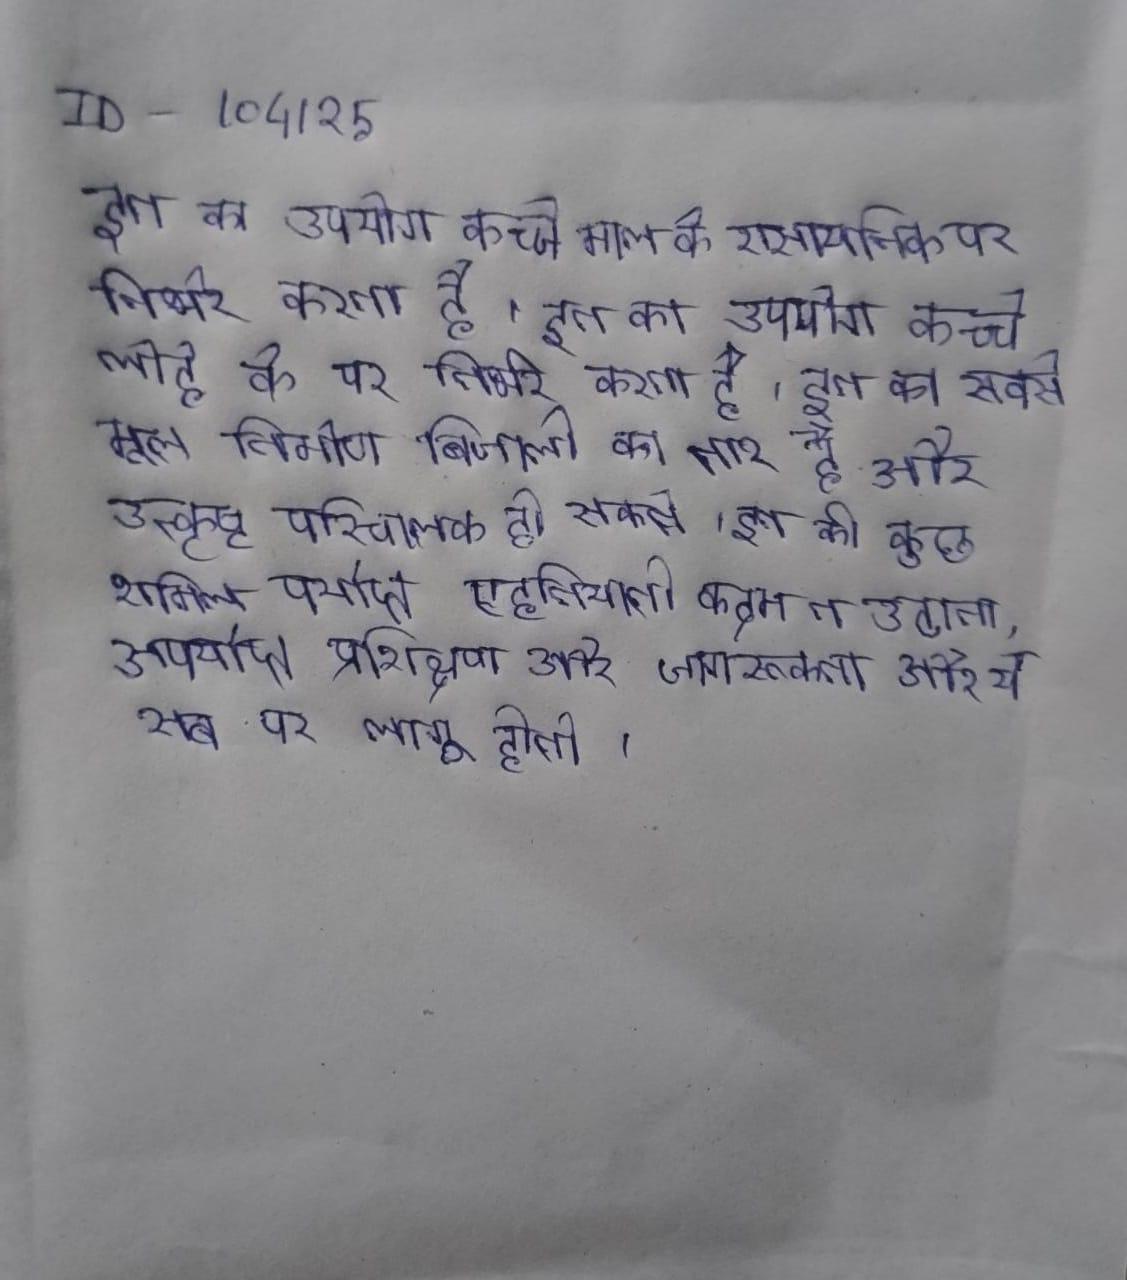
इन का उपयोग कच्चे माल के रासायनिक पर निर्भर करता है । इन का उपयोग कच्चे लोहे के पर निर्भर करता है । इन का सबसे मूल निर्माण बिजली का तार है और उत्कृष्ट परिचालक हो सकते । इन की कुछ शामिल पर्याप्त एहतियाती कदम न उठाना, अपर्याप्त प्रशिक्षण और जागरूकता और ये सब पर लागू होती ।